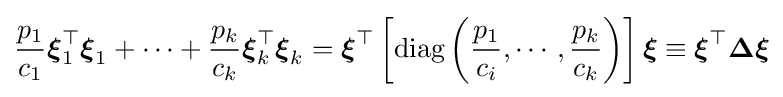
{\frac {p_{1}}{c_{1}}}{\boldsymbol {\xi }}_{1}^{\top }{\boldsymbol {\xi }}_{1}+\cdots +{\frac {p_{k}}{c_{k}}}{\boldsymbol {\xi }}_{k}^{\top }{\boldsymbol {\xi }}_{k}={\boldsymbol {\xi }}^{\top }\left[\mathrm {diag} \left({\frac {p_{1}}{c_{i}}},\cdots ,{\frac {p_{k}}{c_{k}}}\right)\right]{\boldsymbol {\xi }}\equiv {\boldsymbol {\xi }}^{\top }{\boldsymbol {\Delta }}{\boldsymbol {\xi }}